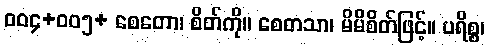
ဝဝ၄+ဝဝ၅+ စေတော၊ စိတ်ကို။ စေတသာ၊ မိမိစိတ်ဖြင့်။ ပရိစ္စ၊